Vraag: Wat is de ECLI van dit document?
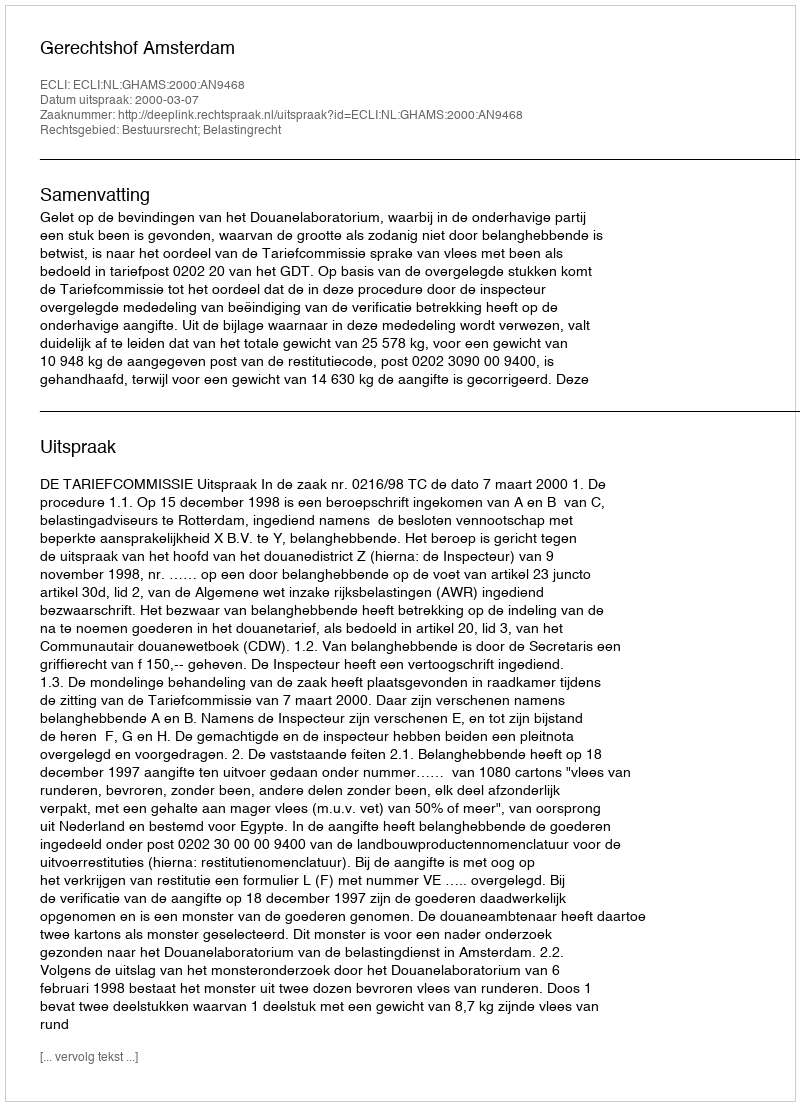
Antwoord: ECLI:NL:GHAMS:2000:AN9468